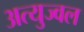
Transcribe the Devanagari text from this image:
अत्युज्वल